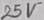
Text: 25V